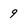
Character: 9